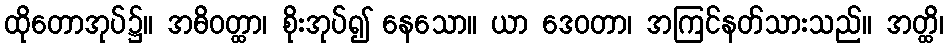
ထိုတောအုပ်၌။ အဓိဝတ္ထာ၊ စိုးအုပ်၍ နေသော။ ယာ ဒေဝတာ၊ အကြင်နတ်သားသည်။ အတ္ထိ၊